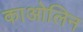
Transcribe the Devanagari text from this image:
काओलिन